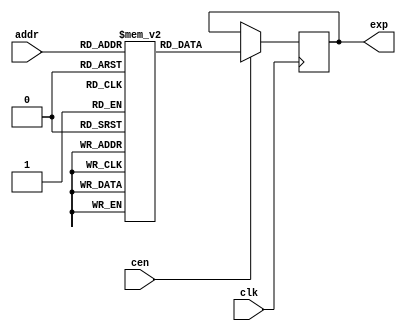
/*
  
   Multicore 2 / Multicore 2+
  
   Copyright (c) 2017-2020 - Victor Trucco

  
   All rights reserved
  
   Redistribution and use in source and synthezised forms, with or without
   modification, are permitted provided that the following conditions are met:
  
   Redistributions of source code must retain the above copyright notice,
   this list of conditions and the following disclaimer.
  
   Redistributions in synthesized form must reproduce the above copyright
   notice, this list of conditions and the following disclaimer in the
   documentation and/or other materials provided with the distribution.
  
   Neither the name of the author nor the names of other contributors may
   be used to endorse or promote products derived from this software without
   specific prior written permission.
  
   THIS CODE IS PROVIDED BY THE COPYRIGHT HOLDERS AND CONTRIBUTORS "AS IS"
   AND ANY EXPRESS OR IMPLIED WARRANTIES, INCLUDING, BUT NOT LIMITED TO,
   THE IMPLIED WARRANTIES OF MERCHANTABILITY AND FITNESS FOR A PARTICULAR
   PURPOSE ARE DISCLAIMED. IN NO EVENT SHALL THE AUTHOR OR CONTRIBUTORS BE
   LIABLE FOR ANY DIRECT, INDIRECT, INCIDENTAL, SPECIAL, EXEMPLARY, OR
   CONSEQUENTIAL DAMAGES (INCLUDING, BUT NOT LIMITED TO, PROCUREMENT OF
   SUBSTITUTE GOODS OR SERVICES; LOSS OF USE, DATA, OR PROFITS; OR BUSINESS
   INTERRUPTION) HOWEVER CAUSED AND ON ANY THEORY OF LIABILITY, WHETHER IN
   CONTRACT, STRICT LIABILITY, OR TORT (INCLUDING NEGLIGENCE OR OTHERWISE)
   ARISING IN ANY WAY OUT OF THE USE OF THIS SOFTWARE, EVEN IF ADVISED OF THE
   POSSIBILITY OF SUCH DAMAGE.
  
   You are responsible for any legal issues arising from your use of this code.
  
*/`timescale 1ns / 1ps


/* This file is part of JT51.

 
    JT51 program is free software: you can redistribute it and/or modify
    it under the terms of the GNU General Public License as published by
    the Free Software Foundation, either version 3 of the License, or
    (at your option) any later version.

    JT51 program is distributed in the hope that it will be useful,
    but WITHOUT ANY WARRANTY; without even the implied warranty of
    MERCHANTABILITY or FITNESS FOR A PARTICULAR PURPOSE.  See the
    GNU General Public License for more details.

    You should have received a copy of the GNU General Public License
    along with JT51.  If not, see <http://www.gnu.org/licenses/>.

    Based on hardware measurements and Sauraen VHDL version of OPN/OPN2,
    which is based on die shots.

    Author: Jose Tejada Gomez. Twitter: @topapate
    Version: 1.0
    Date: 14-4-2017 

*/

module jt51_exprom
(
    input [4:0]         addr,
    input               clk,
    input               cen,
    output reg [44:0]   exp
);

    reg [44:0] explut[31:0];
    initial
    begin
    explut[0] = 45'b111110101011010110001011010000010010111011011;
    explut[1] = 45'b111101010011010101000011001100101110110101011;
    explut[2] = 45'b111011111011010011110111001000110010101110011;
    explut[3] = 45'b111010100101010010101111000100110010101000011;
    explut[4] = 45'b111001001101010001100111000000110010100001011;
    explut[5] = 45'b110111111011010000011110111101010010011011011;
    explut[6] = 45'b110110100011001111010110111001010010010100100;
    explut[7] = 45'b110101001011001110001110110101110010001110011;
    explut[8] = 45'b110011111011001101000110110001110010001000011;
    explut[9] = 45'b110010100011001011111110101110010010000010011;
    explut[10] = 45'b110001010011001010111010101010010001111011011;
    explut[11] = 45'b101111111011001001110010100110110001110101011;
    explut[12] = 45'b101110101011001000101010100011001101101111011;
    explut[13] = 45'b101101010101000111100110011111010001101001011;
    explut[14] = 45'b101100000011000110100010011011110001100011011;
    explut[15] = 45'b101010110011000101011110011000010001011101011;
    explut[16] = 45'b101001100011000100011010010100101101010111011;
    explut[17] = 45'b101000010011000011010010010001001101010001011;
    explut[18] = 45'b100111000011000010010010001101101101001011011;
    explut[19] = 45'b100101110011000001001110001010001101000101011;
    explut[20] = 45'b100100100011000000001010000110010000111111011;
    explut[21] = 45'b100011010010111111001010000011001100111001011;
    explut[22] = 45'b100010000010111110000101111111101100110011011;
    explut[23] = 45'b100000110010111101000001111100001100101101011;
    explut[24] = 45'b011111101010111100000001111000101100101000010;
    explut[25] = 45'b011110011010111011000001110101001100100010011;
    explut[26] = 45'b011101001010111010000001110001110000011100011;
    explut[27] = 45'b011100000010111001000001101110010000010110011;
    explut[28] = 45'b011010110010111000000001101011001100010001011;
    explut[29] = 45'b011001101010110111000001100111101100001011011;
    explut[30] = 45'b011000100000110110000001100100010000000110010;
    explut[31] = 45'b010111010010110101000001100001001100000000011;
    end

    always @ (posedge clk) if(cen) begin
        exp <= explut[addr];
    end

endmodule